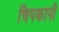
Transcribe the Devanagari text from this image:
चिपकानी